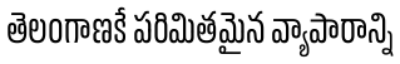
తెలంగాణకే పరిమితమైన వ్యాపారాన్ని